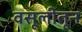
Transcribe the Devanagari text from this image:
वसूलीतून